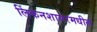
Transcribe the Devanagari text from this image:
लिंकनशायरमधील